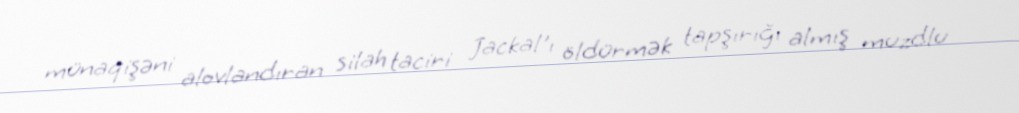
münaqişəni alovlandıran silah taciri Jackal'ı öldürmək tapşırığı almış muzdlu